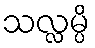
သလ္လမ္ပိ